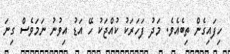
ހިފައިގެން ތިބެއެވެ. މަދު ފަހަރަކު ކުއްޖަކު ހޭ އަޑު އިވުނު ނަމަވެސް ގިނަ